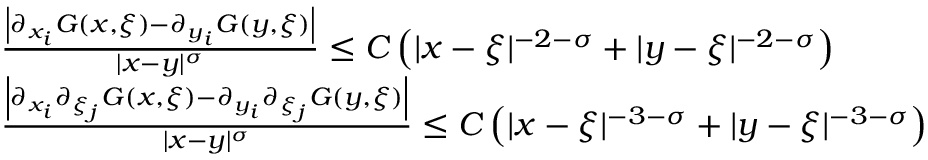
\begin{array} { r } { \begin{array} { r l } & { \frac { \left| \partial _ { x _ { i } } G ( x , \xi ) - \partial _ { y _ { i } } G ( y , \xi ) \right| } { | x - y | ^ { \sigma } } \leq C \left( | x - \xi | ^ { - 2 - \sigma } + | y - \xi | ^ { - 2 - \sigma } \right) } \\ & { \frac { \left| \partial _ { x _ { i } } \partial _ { \xi _ { j } } G ( x , \xi ) - \partial _ { y _ { i } } \partial _ { \xi _ { j } } G ( y , \xi ) \right| } { | x - y | ^ { \sigma } } \leq C \left( | x - \xi | ^ { - 3 - \sigma } + | y - \xi | ^ { - 3 - \sigma } \right) } \end{array} } \end{array}